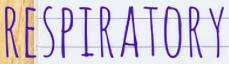
RESPIRATORY